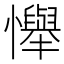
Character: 𢤫